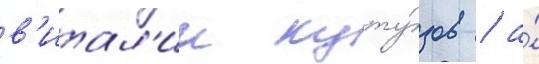
в'итал'ии куту́зов / а́